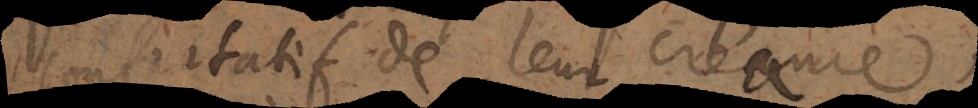
confortatif de leur creance,